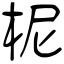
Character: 柅